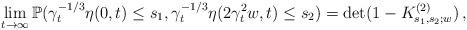
LaTeX: \begin{align*}\lim_{t\to \infty}\mathbb{P}(\gamma_t^{-1/3}\eta(0,t) \leq s_1,\gamma_t^{-1/3}\eta(2\gamma_t^2 w,t)\leq s_2) = \det (1 - K^{(2)}_{s_1,s_2;w})\,,\end{align*}